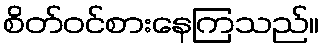
စိတ်ဝင်စားနေကြသည်။